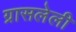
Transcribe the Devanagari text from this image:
ग्रासलेली